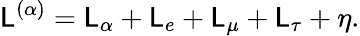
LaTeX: \mathsf{L}^{(\alpha)}=\mathsf{L}_{\alpha}+\mathsf{L}_{e}+\mathsf{L}_{\mu}+\mathsf{L}_{\tau}+\eta.